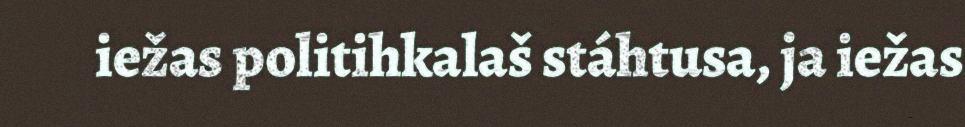
iežas politihkalaš stáhtusa, ja iežas